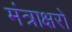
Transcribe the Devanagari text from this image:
मंत्राक्षरों